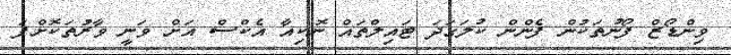
ވިންޑޯޒް ފޯނުތަކުން ފެންން ކުލަގަދަ ޓައިލްތައް ނޮކިއާ އެކްސް އަށް ވަނީ ވާރުތަކޮށްފަ